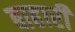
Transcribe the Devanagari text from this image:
बाहारी